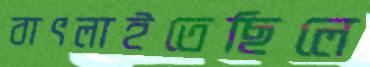
বাৎলাইতেছিলে